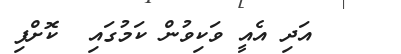
٢٨    އަދި އެއީ ވަކިވުން ކަމުގައި  ކޮށްފި